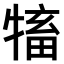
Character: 𤛅